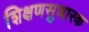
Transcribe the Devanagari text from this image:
शिक्षणसुधारक